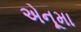
એનૂમા